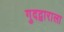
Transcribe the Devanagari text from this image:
गुदद्वाराला